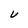
Character: V